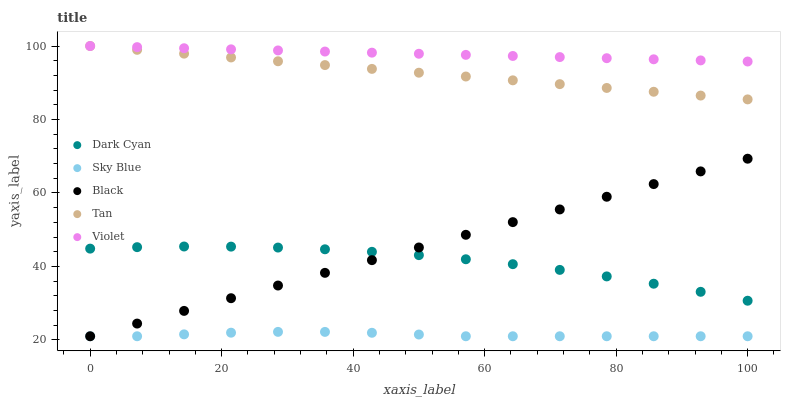
| xaxis_label | Dark Cyan | Sky Blue | Black | Tan | Violet |
 | --- | --- | --- | --- | --- | --- |
 | 0 | 44.9 | 21 | 21 | 100 | 100 |
 | 7.14 | 45.2 | 21 | 24.5 | 99 | 99.7 |
 | 14.3 | 45.4 | 21.5 | 27.9 | 97.9 | 99.4 |
 | 21.4 | 45.4 | 22 | 31.4 | 96.9 | 99.1 |
 | 28.6 | 45.1 | 22.2 | 34.8 | 95.8 | 98.8 |
 | 35.7 | 44.7 | 22.2 | 38.3 | 94.8 | 98.5 |
 | 42.9 | 44 | 21.9 | 41.7 | 93.8 | 98.2 |
 | 50 | 43.1 | 21.5 | 45.2 | 92.7 | 97.9 |
 | 57.1 | 42 | 21 | 48.6 | 91.7 | 97.6 |
 | 64.3 | 40.6 | 21 | 52.1 | 90.7 | 97.3 |
 | 71.4 | 39.1 | 21 | 55.5 | 89.6 | 97 |
 | 78.6 | 37.3 | 21 | 59 | 88.6 | 96.7 |
 | 85.7 | 35.3 | 21 | 62.4 | 87.5 | 96.4 |
 | 92.9 | 33.1 | 21 | 65.9 | 86.5 | 96.1 |
 | 100 | 30.7 | 21 | 69.3 | 85.5 | 95.8 |